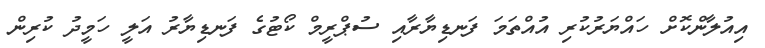
އިއުލާންކޮށް ހައްޔަރުކުރި އުއްތަމަ ފަނޑިޔާރާއި ސުޕްރީމް ކޯޓުގެ ފަނޑިޔާރު އަލީ ހަމީދު ކުރިން